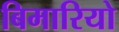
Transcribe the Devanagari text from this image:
बिमारियो